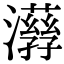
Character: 𤂇